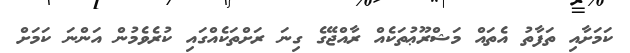
ކަމަށާއި ތަފާތު އެތައް މަޝްރޫޢުތަކެއް ރާއްޖޭގެ ގިނަ ރަށްތަކެއްގައި ކުރެވެމުން އަންނަ ކަމަށް